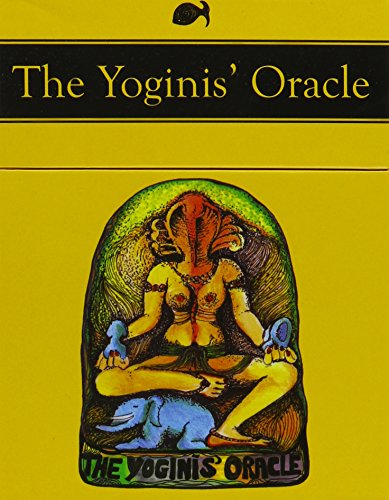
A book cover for The Yoginis' Oracle; Stella Dupuis; Religion & Spirituality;